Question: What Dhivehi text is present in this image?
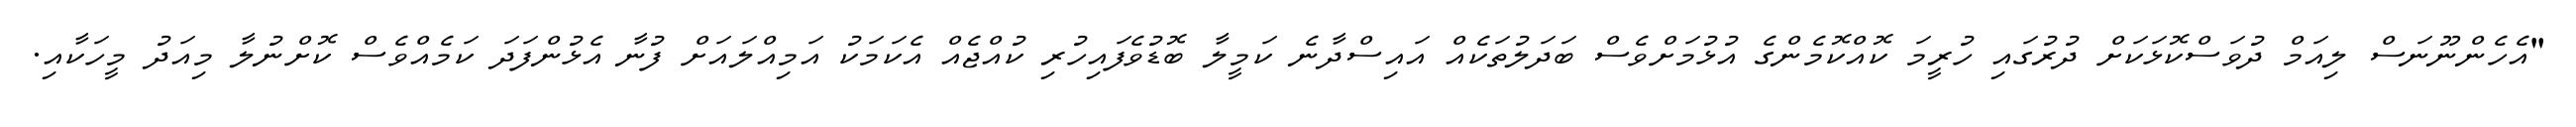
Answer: "އެހެންނޫނަސް ލިއަމް ދުވަސްކޮޅަކަށް ދުރުގައި ހުރީމަ ކޮއްކޮމެންގެ އުޅުމަށްވެސް ބަދަލުތަކެއް އައިސްދާނެ ކަމީލާ ބޮޑުވެފައިހުރި ކުއްޖެއް އެކަމަކު އަމިއްލައަށް ފުނާ އެޅުންފަދަ ކަމެއްވެސް ކޮށްނުލާ މިއަދު މީހަކާއި.